Insane asylums Bombay 1873-77 - 1873-1877
Year: 1873
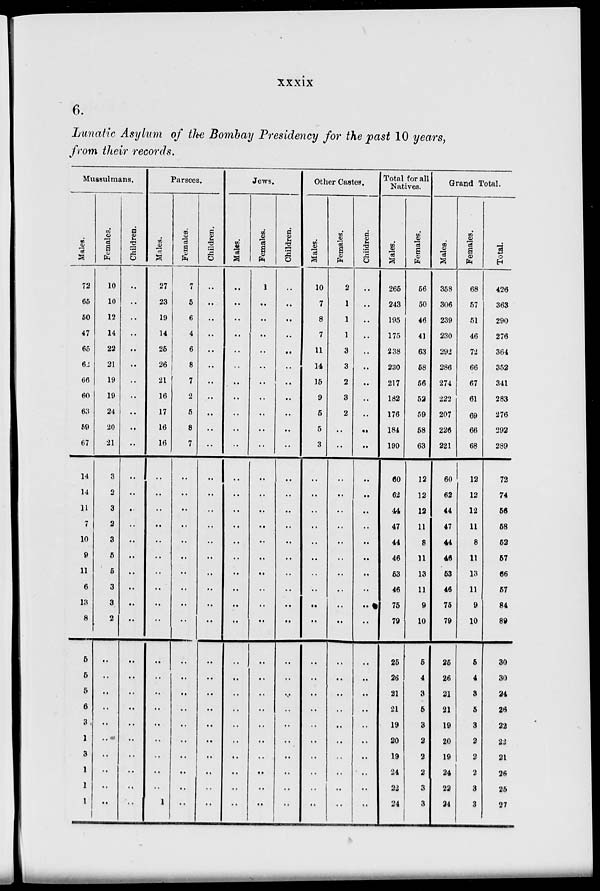
xxxix
6.
Lunatic Asylum of the Bombay Presidency for the past 10 years,
from their records.
Mussulmans.
Males.
72
65
50
47
65
62
66
60
63
59
67
14
14
11
7
10
9
11
6
13
8
5
5
5
6
3
1
3
1
1
1
Females.
10
10
12
14
22
21
19
19
24
20
21
3
2
3
2
3
5
5
3
3
2
..
..
..
..
..
..
..
..
..
..
Children.
..
..
..
..
..
..
..
..
..
..
..
..
..
..
..
..
..
..
..
..
..
..
..
..
..
..
..
..
..
..
..
Parsees.
Males.
27
23
19
14
25
26
21
16
17
16
16
..
..
..
..
..
..
..
..
..
..
..
..
..
..
..
..
..
..
..
1
Females.
7
5
6
4
6
8
7
2
5
8
7
..
..
..
..
..
..
..
..
..
..
..
..
..
..
..
..
..
..
..
..
Children.
..
..
..
..
..
..
..
..
..
..
..
..
..
..
..
..
..
..
..
..
..
..
..
..
..
..
..
..
..
..
..
Jews.
Males.
..
..
..
..
..
..
..
..
..
..
..
..
..
..
..
..
..
..
..
..
..
..
..
..
..
..
..
..
..
..
..
Females.
1
..
..
..
..
..
..
..
..
..
..
..
..
..
..
..
..
..
..
..
..
..
..
..
..
..
..
..
..
..
..
Children.
..
..
..
..
..
..
..
..
..
..
..
..
..
..
..
..
..
..
..
..
..
..
..
..
..
..
..
..
..
..
..
Other Castes.
Males.
10
7
8
7
11
14
15
9
5
5
3
..
..
..
..
..
..
..
..
..
..
..
..
..
..
..
..
..
..
..
..
Females.
2
1
1
1
3
3
2
3
2
..
..
..
..
..
..
..
..
..
..
..
..
..
..
..
..
..
..
..
..
..
..
Children.
..
..
..
..
..
..
..
..
..
..
..
..
..
..
..
..
..
..
..
..
..
..
..
..
..
..
..
..
..
..
..
Total for all
Natives.
Males.
265
243
195
175
238
230
217
182
176
184
190
60
62
44
47
44
46
53
46
75
79
25
26
21
21
19
20
19
24
22
24
Females.
56
50
46
41
63
58
56
52
59
58
63
12
12
12
11
8
11
13
11
9
10
5
4
3
5
3
2
2
2
3
3
Grand Total.
Males.
358
306
239
230
292
286
274
222
207
226
221
60
62
44
47
44
46
53
46
75
79
25
26
21
21
19
20
19
24
22
24
Females.
68
57
51
46
72
66
67
61
69
66
68
12
12
12
11
8
11
13
11
9
10
5
4
3
5
3
2
2
2
3
3
Total.
426
363
290
276
364
352
341
283
276
292
289
72
74
56
58
52
57
66
57
84
89
30
30
24
26
22
22
21
26
25
27